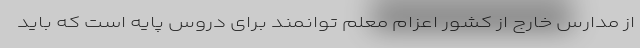
از مدارس خارج از کشور اعزام معلم توانمند برای دروس پایه است که باید